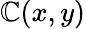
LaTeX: \mathbb{C}(x,y)